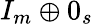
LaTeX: I_{m}\oplus 0_{s}